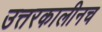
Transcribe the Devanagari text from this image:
उत्तरकालीनच